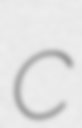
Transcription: c